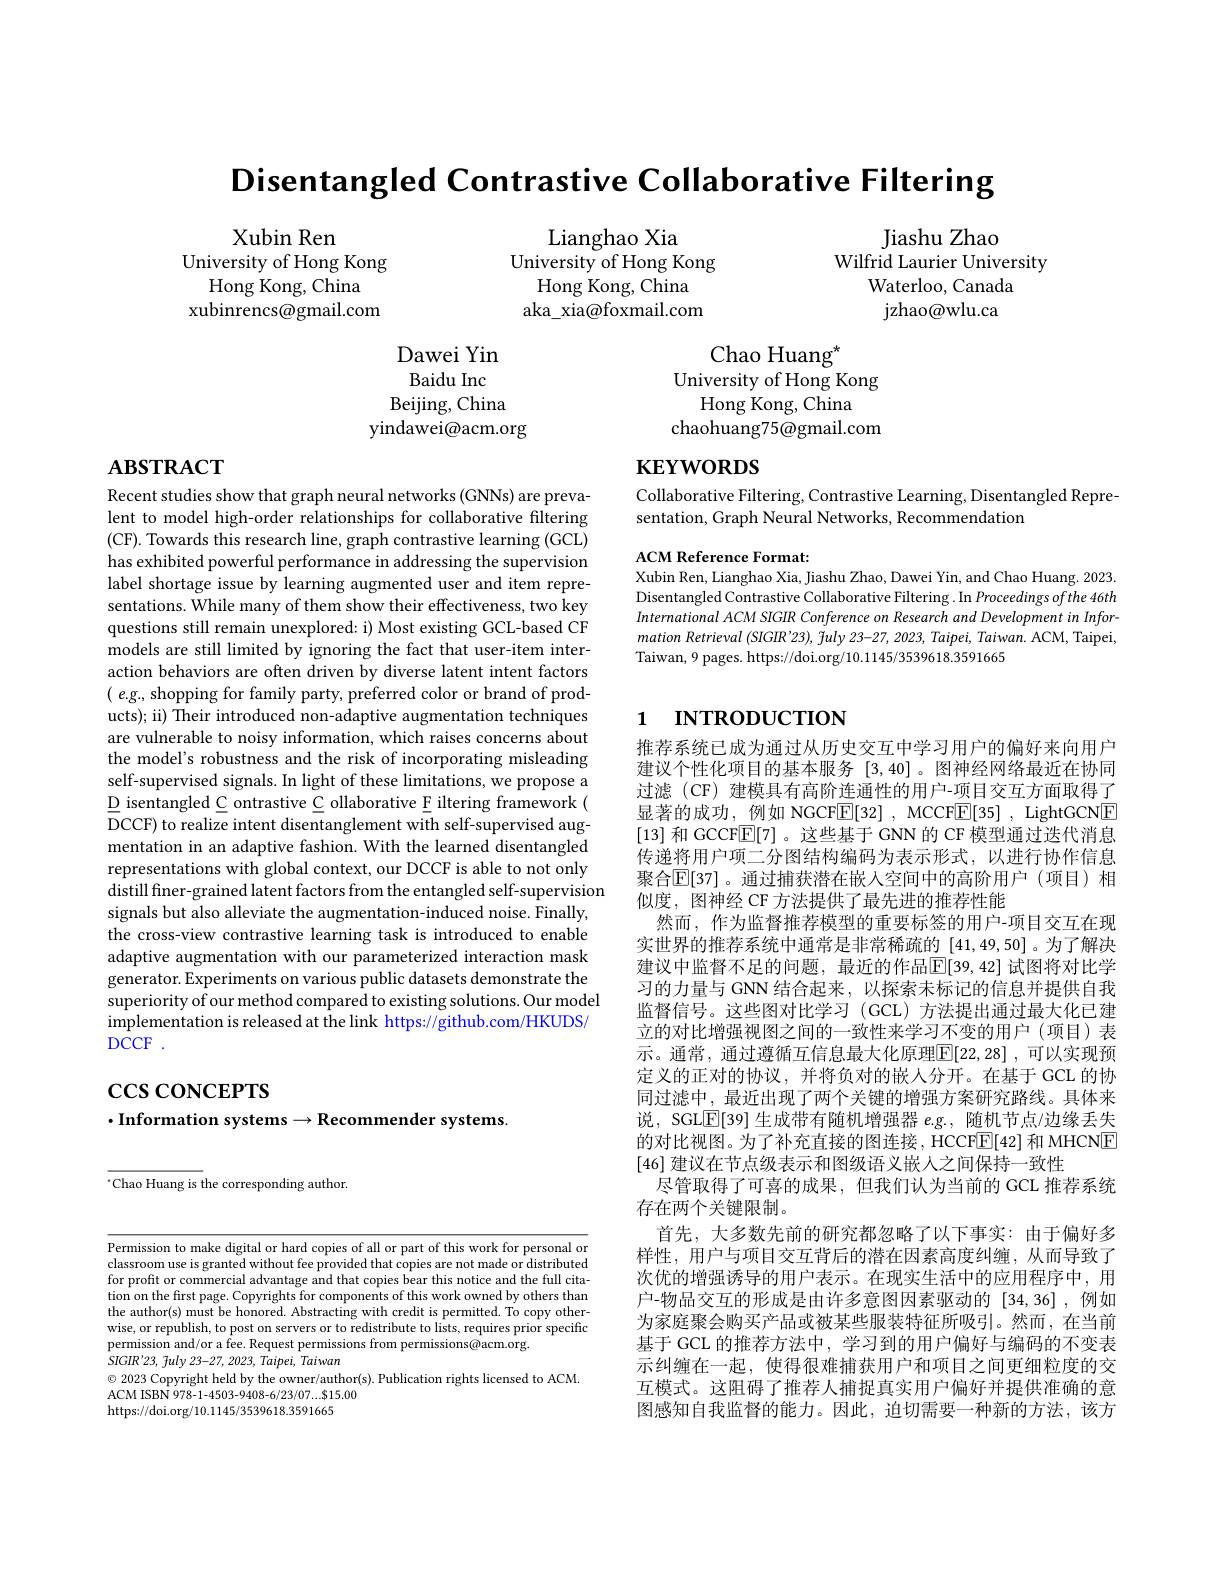
Disentangled Contrastive Collaborative Filtering

Lianghao Xia
University of Hong Kong
Hong Kong, China aka\_xia@foxmail.com

Jiashu Zhao
Wilfrid Laurier University
Waterloo, Canada ${\mathrm{jzhao@wlu.ca}}$

Xubin Ren
University of Hong Kong
Hong Kong, China
xubinrencs@gmail.com

Chao Huang$^*$
University of Hong Kong
Hong Kong, China
chaohuang75@gmail.com

Dawei Yin Baidu Inc
Beijing, China
yindawei@acm.org

# $\mathbf{ABSTRACT}$

# $\mathbf{KEYWORDS}$

Collaborative Filtering, Contrastive Learning, Disentangled Repre-
sentation, Graph Neural Networks, Recommendation

ACM Reference Format:
Xubin Ren, Lianghao Xia, Jiashu Zhao, Dawei Yin, and Chao Huang. 2023. Disentangled Contrastive Collaborative Filtering . In Proceedings ofthe 46th International ACM SIGIR Conference on Research and Development in Information Retrieval (SIGIR'23), fuly 23-27, 2023, Taipei, Taiwan. ACM, Taipei, Taiwan, 9 pages. https://doi.org/10.1145/3539618.3591665

# 1 INTRODUCTION

Recent studies show that graph neural networks (GNNs) are prevalent to model high-order relationships for collaborative filtering (CF). Towards this research line, graph contrastive learning (GCL) has exhibited powerful performance in addressing the supervision label shortage issue by learning augmented user and item representations. While many of them show their effectiveness, two key questions still remain unexplored: i) Most existing GCL-based CF models are still limited by ignoring the fact that user-item interaction behaviors are often driven by diverse latent intent factors ( e.g., shopping for family party, preferred color or brand of products); ii) Their introduced non-adaptive augmentation techniques are vulnerable to noisy information, which raises concerns about the model's robustness and the risk of incorporating misleading self-supervised signals. In light of these limitations, we propose a $\underline{\mathrm{D}}$ isentangled C ontrastive C ollaborative F iltering framework ( $\overline{\text{DCCF) to realize intent disentanglement with self-supervised aug-}}$ mentation in an adaptive fashion. With the learned disentangled representations with global context, our DCCF is able to not only distill finer-grained latent factors from the entangled self-supervision signals but also alleviate the augmentation-induced noise. Finally, the cross-view contrastive learning task is introduced to enable adaptive augmentation with our parameterized interaction mask generator. Experiments on various public datasets demonstrate the superiority of our method compared to existing solutions. Our model implementation is released at the link https://github.com/HKUDS/ $DCCF.$

推荐系统已成为通过从历史交互中学习用户的偏好来向用户建议个性化项目的基本服务[3,40] 。图神经网络最近在协同过滤 (CF) 建模具有高阶连通性的用户-项目交互方面取得了显著的成功，例如 NGCFE[32] , MCCFE[35] , LightGCNE [13] 和 GCCF$\boxed{\mathrm{E}}[7]$ 。这些基于 GNN 的 CF 模型通过迭代消息传递将用户项二分图结构编码为表示形式，以进行协作信息聚合$\mathbb{E}[37]$。通过捕获潜在嵌入空间中的高阶用户(项目)相似度，图神经 CF 方法提供了最先进的推荐性能
然而，作为监督推荐模型的重要标签的用户-项目交互在现实世界的推荐系统中通常是非常稀疏的[41,49,50]。为了解决建议中监督不足的问题，最近的作品$\mathbb{E}[39,42]$ 试图将对比学习的力量与 GNN 结合起来，以探索未标记的信息并提供自我监督信号。这些图对比学习 (GCL) 方法提出通过最大化已建立的对比增强视图之间的一致性来学习不变的用户(项目)表示。通常，通过遵循互信息最大化原理$\boxed{\mathrm{F}}[22,28]$,可以实现预定义的正对的协议，并将负对的嵌人分开。在基于 GCL 的协同过滤中，最近出现了两个关键的增强方案研究路线。具体来说，SGL$\boxed{\mathrm{E}}[39]$生成带有随机增强器 $e.g.$, 随机节点/边缘丢失的对比视图。为了补充直接的图连接，HCCFE[42] 和 MHCNE [46] 建议在节点级表示和图级语义嵌人之间保持一致性
尽管取得了可喜的成果，但我们认为当前的 GCL 推荐系统
存在两个关键限制。
首先，大多数先前的研究都忽略了以下事实：由于偏好多样性，用户与项目交互背后的潜在因素高度纠缠，从而导致了次优的增强诱导的用户表示。在现实生活中的应用程序中，用户-物品交互的形成是由许多意图因素驱动的 [34,36] ,例如为家庭聚会购买产品或被某些服装特征所吸引。然而，在当前基于 GCL 的推荐方法中，学习到的用户偏好与编码的不变表示纠缠在一起，使得很难捕获用户和项目之间更细粒度的交互模式。这阻碍了推荐人捕捉真实用户偏好并提供准确的意图感知自我监督的能力。因此，迫切需要一种新的方法，该方

$\csc\csc$coNCEPTS

## $\cdot$Information systems$\to$Recommender systems.

$^{*}$Chao Huang is the corresponding author.

Permission to make digital or hard copies of all or part of this work for personal or classroom use is granted without fee provided that copies are not made or distributed for profit or commercial advantage and that copies bear this notice and the full citation on the first page. Copyrights for components of this work owned by others than the author(s) must be honored. Abstracting with credit is permitted. To copy otherwise, or republish, to post on servers or to redistribute to lists, requires prior specific permission and/or a fee. Request permissions from permissions@acm.org.
$SIGIR^{\prime }23$, fuly 23-27, 2023, $Taipei$, Taiwan
$\odot$ 2023 Copyright held by the owner/author(s). Publication rights licensed to ACM.
ACM ISBN 978-1-4503-9408-6/23/07...$15.00
https://doi.org/10.1145/3539618.3591665